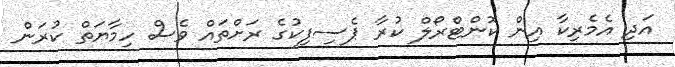
އަދި އެމެރިކާ އިން ކޮންޓްރޯލް ކުރާ ޕެސިފިކުގެ ރަށްތައް ވެސް ހިމާޔަތް ކުރަން